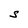
Character: S